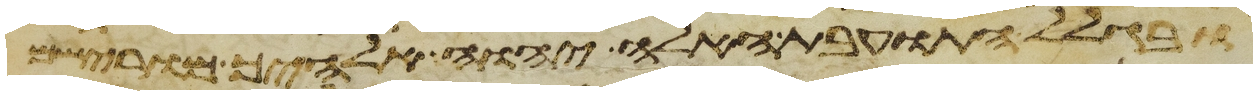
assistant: ובגלל התועבות האלה יהוה אלהיך מורישם